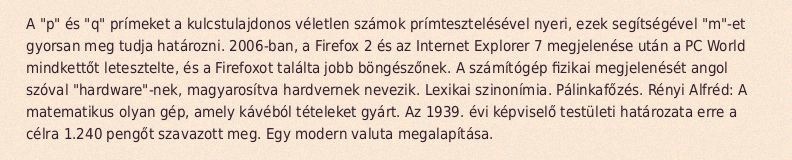
A "p" és "q" prímeket a kulcstulajdonos véletlen számok prímtesztelésével nyeri, ezek segítségével "m"-et gyorsan meg tudja határozni. 2006-ban, a Firefox 2 és az Internet Explorer 7 megjelenése után a PC World mindkettőt letesztelte, és a Firefoxot találta jobb böngészőnek. A számítógép fizikai megjelenését angol szóval "hardware"-nek, magyarosítva hardvernek nevezik. Lexikai szinonímia. Pálinkafőzés. Rényi Alfréd: A matematikus olyan gép, amely kávéból tételeket gyárt. Az 1939. évi képviselő testületi határozata erre a célra 1.240 pengőt szavazott meg. Egy modern valuta megalapítása.